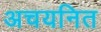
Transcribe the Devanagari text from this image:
अचयनित